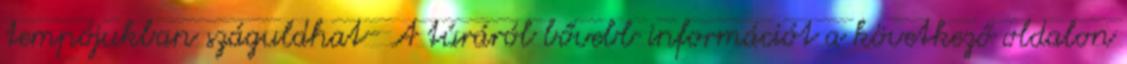
tempójukban száguldhat- A túráról bővebb információt a következő oldalon